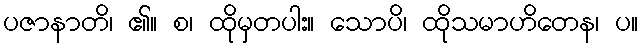
ပဇာနာတိ၊ ၏။ စ၊ ထိုမှတပါး။ သောပိ၊ ထိုသမာဟိတေန၊ ပ။